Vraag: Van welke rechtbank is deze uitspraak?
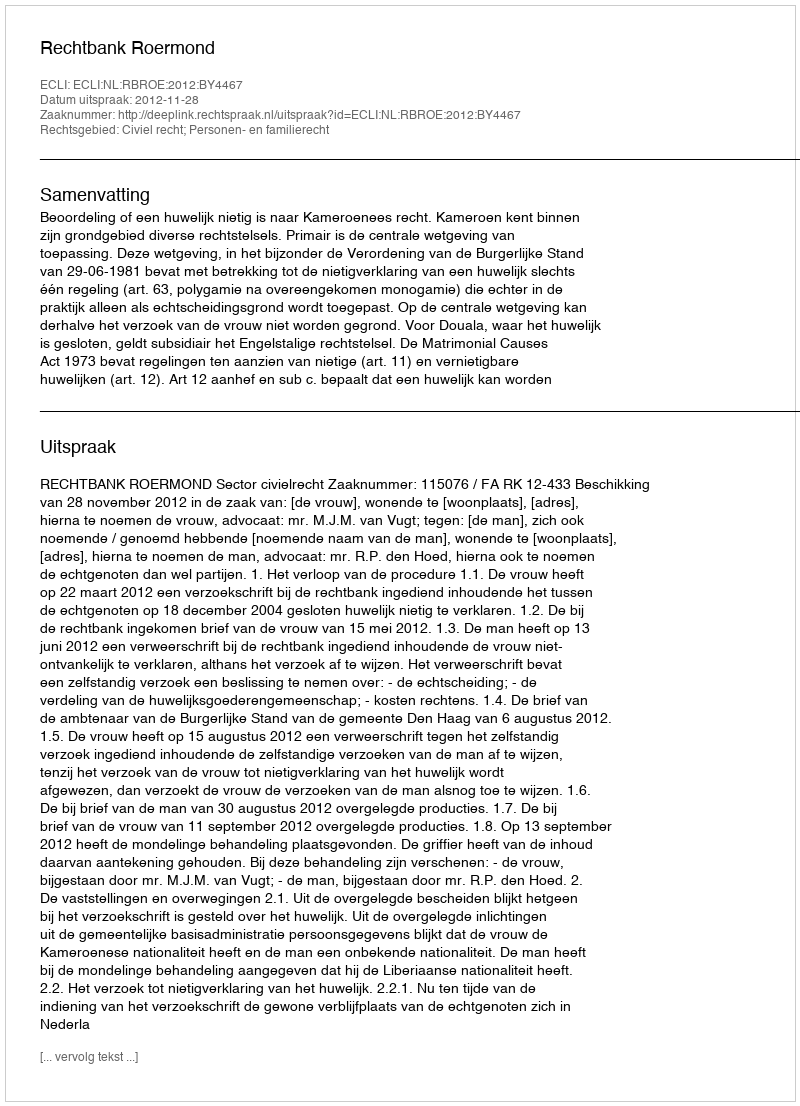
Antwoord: Rechtbank Roermond